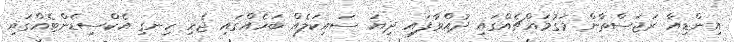
އިންޑިއާ ރަޖަސްތާން މަގުމައްޗެއްގައި ދުއްވާފައި ދިޔަ ސައިކަލެއް ބަހެއްގައި ޖެހި ހިނގި އެކްސިޑެންޓެއްގައި